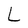
Character: L